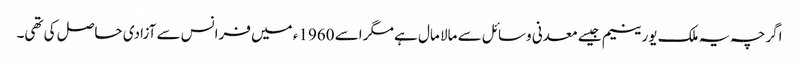
اگرچہ یہ ملک یورینیم جیسے معدنی وسائل سے مالا مال ہے مگر اسے 1960ء میں فرانس سے آزادی حاصل کی تھی۔